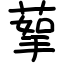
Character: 蒘